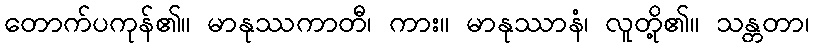
တောက်ပကုန်၏။ မာနုဿကာတီ၊ ကား။ မာနုဿာနံ၊ လူတို့၏။ သန္တတာ၊